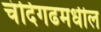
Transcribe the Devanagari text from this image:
चंदिगढमधील